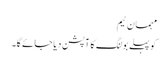
مہمان ٹیم
کو پہلے بولنگ کا آپشن دیا جائے گا۔